Indian journal of veterinary science and animal husbandry - Volume 8,
Year: 1938
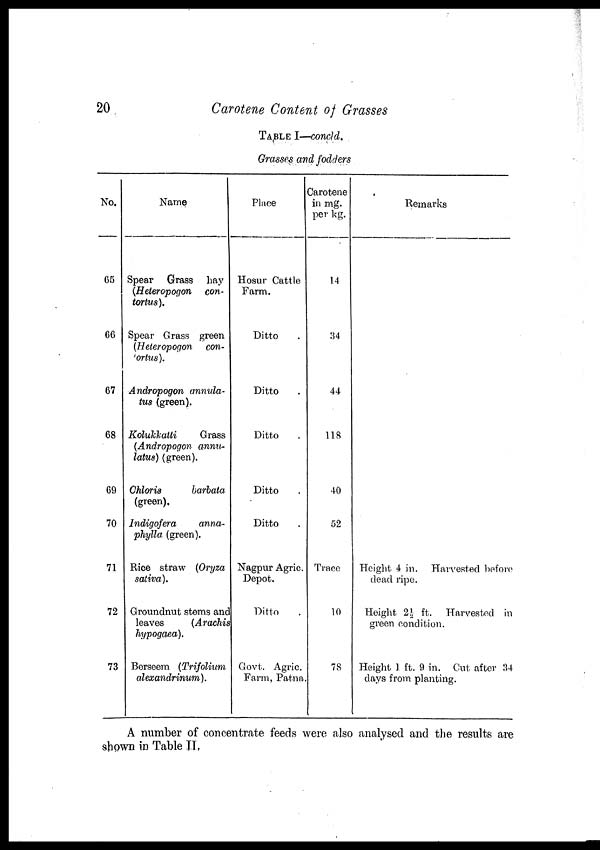
20
Carotene Content of Grasses
TABLE I—concld.
Grasses and fodders
No.
65
66
67
68
69
70
71
72
73
Name
Spear Grass hay
(Heteropogon
con-
tortus).
Spear Grass green
(Heteropogon con¬
tortus).
Andropogon annula-
tus (green).
Kolukkatti
Grass
(Andropogon annu-
lotus) (green).
Chloris
barbata
(green).
Indigofera
anna¬
phylla (green).
Rice straw (Oryza
sativa).
Groundnut stems and
leaves
(Arachis
hypogaea).
Berseem (Trifolium
alexandrinum).
Place
Hosur Cattle
Farm.
Ditto .
Ditto .
Ditto .
Ditto .
Ditto .
Nagpur Agric.
Depot.
Ditto .
Govt. Agric.
Farm, Patna
Carotene
in mg.
per kg.
14
34
44
118
40
52
Trace
10
78
Remarks
Height 4 in. Harvested before
dead ripe.
Height 2½ ft. Harvested in
green condition.
Height 1 ft. 9 in. Cut after 34
days from planting.
A number of concentrate feeds were also analysed and the results are
shown in Table II.